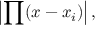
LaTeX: \left| \prod ( x - x _ { i } ) \right| ,